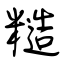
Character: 糙